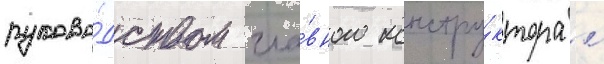
руково́дством гла́вного констру́ктора л